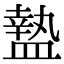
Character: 𥂕